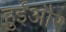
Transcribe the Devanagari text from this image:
हुईऔर